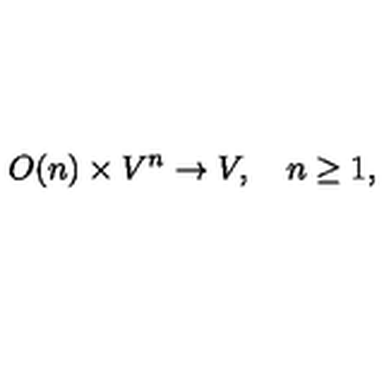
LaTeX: O ( n ) \times V ^ { n } \rightarrow V , \quad n \geq 1 ,